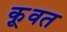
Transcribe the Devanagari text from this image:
कू़वत